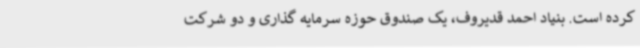
کرده است. بنیاد احمد قدیروف، یک صندوق حوزه سرمایه گذاری و دو شرکت